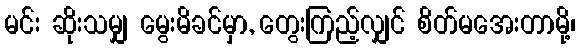
မင်း ဆိုးသမျှ မွေးမိခင်မှာ, တွေးကြည့်လျှင် စိတ်မအေးတာမို့၊